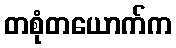
တစုံတယောက်က